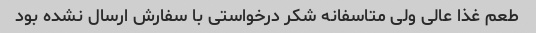
طعم غذا عالی ولی متاسفانه شکر درخواستی با سفارش ارسال نشده بود